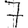
Digit: 7